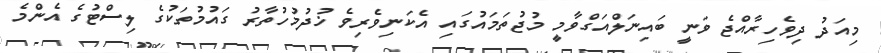
މިއަދު ދިވެހިރާއްޖެ ވަނީ ބައިނަލްއަގްވާމީ މުޖުތަަމައުގައި އެކަނިވެރިވެ ޚުދުމުހުތާރު ގައުމުތަކުގެ ލިސްޓުގެ އެންމެ